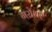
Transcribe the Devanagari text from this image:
गरोधर